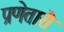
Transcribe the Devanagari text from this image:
प्रणेतारौ